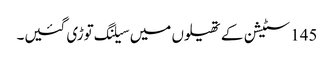
145 سٹیشن کے تھیلوں میں سیلنگ توڑی گئیں۔